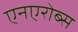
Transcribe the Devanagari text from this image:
एनएरोब्स